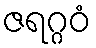
ဇရဂ္ဂဝံ